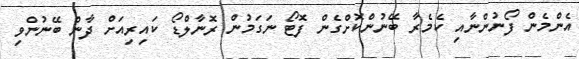
އެންމެން ފޯނުންނާއި ކެމެރާ ބޭނުންކޮށްގެން ފޮޓޯ ނަގަމުން ރޮނާލްޑޯ ކައިރިއަށް ދާން ބޭނުންވި